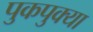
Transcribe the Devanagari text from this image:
पुकपुक्या